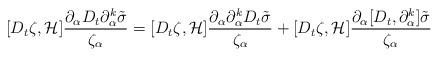
LaTeX: \begin{align*}[D_t\zeta, \mathcal{H}]\frac{\partial_{\alpha}D_t\partial_{\alpha}^k\tilde{\sigma}}{\zeta_{\alpha}}=[D_t\zeta, \mathcal{H}]\frac{\partial_{\alpha}\partial_{\alpha}^kD_t\tilde{\sigma}}{\zeta_{\alpha}}+[D_t\zeta, \mathcal{H}]\frac{\partial_{\alpha}[D_t,\partial_{\alpha}^k]\tilde{\sigma}}{\zeta_{\alpha}}\end{align*}